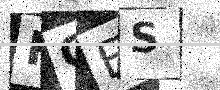
Text: RQES